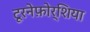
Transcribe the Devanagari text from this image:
टूरनेफ़ोर्शिया